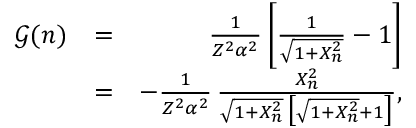
\begin{array} { r l r } { \mathcal { G } ( n ) } & { = } & { \frac { 1 } { Z ^ { 2 } \alpha ^ { 2 } } \, \bigg [ \frac { 1 } { \sqrt { 1 + X _ { n } ^ { 2 } } } - 1 \bigg ] } \\ & { = } & { - \frac { 1 } { Z ^ { 2 } \alpha ^ { 2 } } \, \frac { X _ { n } ^ { 2 } } { \sqrt { 1 + X _ { n } ^ { 2 } } \, \big [ \sqrt { 1 + X _ { n } ^ { 2 } } + 1 \big ] } , } \end{array}